Report on sanitation, dispensaries, and jails in Rajputana for 1920, and on vaccination for the year 1920-1921 - 1920-1921
Year: 1920
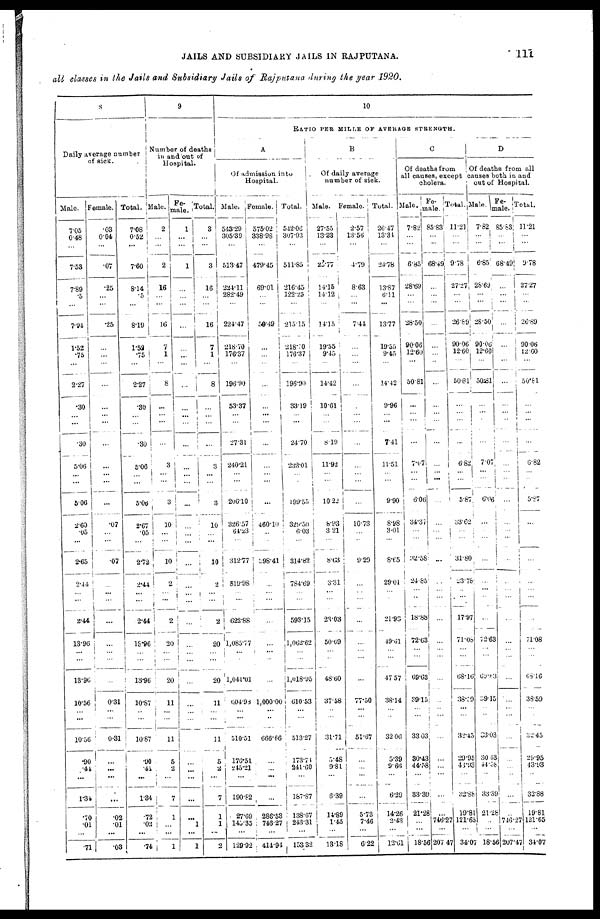
JAILS AND SUBSIDIARY JAILS IN RAJPUTANA.
111
all classes in the Jails and Subsidiary Jails of Rajputana during the year 1920.
8
Daily average number
of sick.
Male.
7.05
0.48
...
7.53
7.89
.5
...
7.94
1.52
.75
...
2.27
.30
...
...
.30
5.06
...
...
5.06
2.60
.05
...
2.65
2.44
...
...
2.44
13.96
...
...
13.96
10.56
...
...
10.56
.90
.44
...
1.34
.70
.01
...
.71
Female.
.03
0.04
...
.07
.25
...
...
.25
...
...
...
...
...
...
...
...
...
...
...
...
.07
...
...
.07
...
...
...
...
...
...
...
...
0.31
...
...
0.31
...
...
...
...
.02
.01
...
.03
Total.
7.08
0.52
...
7.60
8.14
.5
...
8.19
1.52
.75
...
2.27
.30
...
...
.30
5.06
...
...
5.06
2.67
.05
...
2.72
2.44
...
...
2.44
13.96
...
...
13.96
10.87
...
...
10.87
.90
.41
...
1.34
.72
.02
...
.74
9
Number of deaths
in and out of
Hospital.
Male.
2
...
...
2
16
...
...
16
7
1
...
8
...
...
...
...
3
...
...
3
10
...
...
10
2
...
...
2
20
...
...
20
11
...
...
11
5
2
...
7
1
...
...
1
Fe-
male.
1
...
...
1
...
...
...
...
...
...
...
...
...
...
...
...
...
...
...
...
...
...
...
...
...
...
...
...
...
...
...
...
...
...
...
...
...
...
...
...
...
1
...
1
Total.
3
...
...
3
16
...
...
16
7
1
...
8
...
...
...
...
3
...
...
3
10
...
...
10
2
...
...
2
20
...
...
20
11
...
...
11
5
2
...
7
1
1
...
2
10
RATIO PER MILLE OF AVERAGE STRENGTH.
A
Of admission into
Hospital.
Male.
543.29
305.39
...
513.47
234.11
282.49
...
224.47
218.70
176.37
...
196.90
53.37
...
...
27.31
240.21
...
...
206.10
326.57
64.23
...
312.77
819.98
...
...
622.88
1,085.77
...
...
1,041.01
604.98
...
...
510.51
176.51
245.21
...
190.82
27.69
145.35
...
129.92
Female.
575.02
338.98
...
479.45
69.01
...
...
59.49
...
...
...
...
...
...
...
...
...
...
...
...
460.10
...
...
398.41
...
...
...
...
...
...
...
...
1,000.00
...
...
666.66
...
...
...
...
286.53
746.27
...
414.94
Total.
542.06
307.93
...
511.85
216.45
122.25
...
215.15
218.70
176.37
...
196.90
33.19
...
...
24.70
232.01
...
...
199.55
329.50
6.03
...
314.82
784.69
...
...
593.15
1,062.62
...
...
1,018.95
610.53
...
...
513.27
173.74
241.60
...
187.87
138.67
243.31
...
153.32
B
Of daily average
number of sick.
Male.
27.55
13.33
...
25.77
14.15
14.12
...
14.15
19.55
9.45
...
14.42
10.61
...
...
8.19
11.92
...
...
10.22
8.93
3.21
...
8.63
3.31
...
...
23.03
50.69
...
...
48.60
37.58
...
...
31.71
5.48
9.81
...
6.39
14.89
1.45
...
13.18
Female.
2.57
13.56
...
4.79
8.63
...
...
7.44
...
...
...
...
...
...
...
...
...
...
...
...
10.73
...
...
9.29
...
...
...
...
...
...
...
...
77.50
...
...
51.67
...
...
...
...
5.73
7.46
...
6.22
Total.
26.47
13.34
...
24.78
13.87
6.11
...
13.77
19.55
9.45
...
14.42
9.96
...
...
7.41
11.51
...
...
9.90
8.98
3.01
...
8.65
29.01
...
...
21.93
19.61
...
...
47.57
38.14
...
...
32.06
5.39
9.66
...
6.29
14.26
2.43
...
12.61
C
Of deaths from
all causes, except
cholera.
Male.
7.82
...
...
6.85
28.69
...
...
28.50
90.06
12.60
...
50.81
...
...
...
...
7.07
...
...
6.06
34.37
...
...
32.58
24.85
...
...
18.88
72.63
...
...
69.63
39.15
...
...
33.03
30.43
44.58
...
33.39
21.28
...
...
18.56
Fe¬
male.
85.83
...
...
68.49
...
...
...
...
...
...
...
...
...
...
...
...
...
...
...
...
...
...
...
...
...
...
...
...
...
...
...
...
...
...
...
...
...
...
...
...
...
746.27
...
207.47
Total.
11.21
...
...
9.78
27.27
...
...
26.89
90.06
12.60
...
50.81
...
...
...
...
6.82
...
...
5.87
33.62
...
...
31.80
23.78
...
...
17.97
71.08
...
...
68.16
38.59
...
...
32.45
29.95
46.93
...
32.88
19.81
121.65
...
34.07
D
Of deaths from all
causes both in and
out of Hospital.
Male.
7.82
...
...
6.85
28.69
...
...
28.50
90.06
12.60
...
50.81
...
...
...
...
7.07
...
...
6.06
...
...
...
...
...
...
...
...
72.63
...
...
69.63
39.15
...
...
33.03
30.43
44.58
...
33.39
21.28
...
...
18.56
Fe¬
male.
85.83
...
...
68.49
...
...
...
...
...
...
...
...
...
...
...
...
...
...
...
...
...
...
...
..
...
...
...
...
...
...
...
...
...
...
...
...
...
...
...
...
...
746.27
...
207.47
Total.
11.21
...
...
9.78
27.27
...
...
26.89
90.06
12.60
...
50.81
...
...
...
...
6.82
...
...
5.87
...
...
...
...
...
...
...
...
71.08
...
...
68.16
38.59
...
...
32.45
29.95
43.93
...
32.88
19.81
181.65
...
34.07